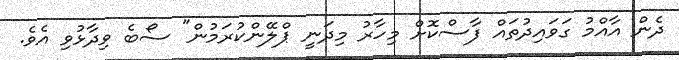
ދެން އާއްމު ގަވައިދުތައް ފާސްކޮށް މިހާރު މިދަނީ ޕްލޭންކުރަމުން" ސޯބެ ވިދާޅުވި އެވެ.